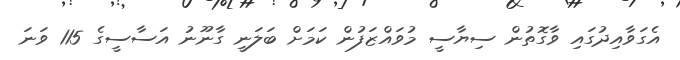
އެގަވާއިދުގައި ވާގޮތުން ސިޔާސީ މުވައްޒަފުން ކަމަށް ބަލަނީ ގާނޫނު އަސާސީގެ 115 ވަނަ